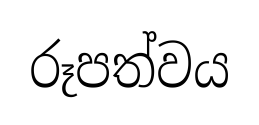
රූපත්වය